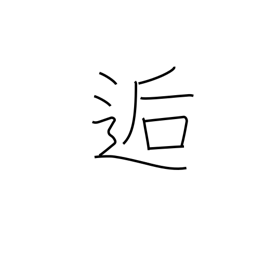
Meaning: meet